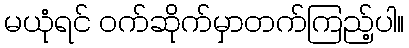
မယုံရင် ဝက်ဆိုက်မှာတက်ကြည့်ပါ။